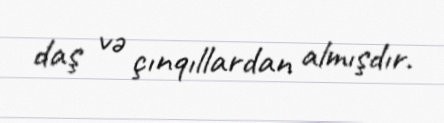
daş və çınqıllardan almışdır.